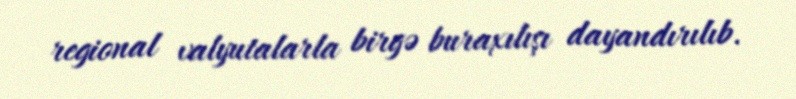
regional valyutalarla birgə buraxılışı dayandırılıb.